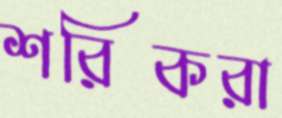
শরিকরা